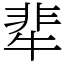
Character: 㹃